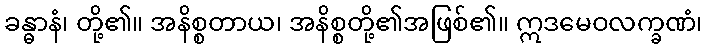
ခန္ဓာနံ၊ တို့၏။ အနိစ္စတာယ၊ အနိစ္စတို့၏အဖြစ်၏။ ဣဒမေဝလက္ခဏံ၊